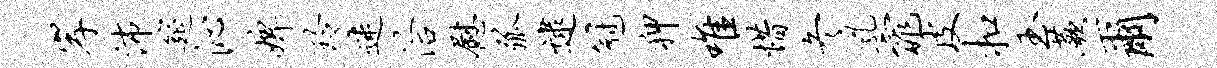
岸沛筵沁婢玲迷洽慰弧逮冠狎唯惜冬乳窕皮扣玉蕨尔